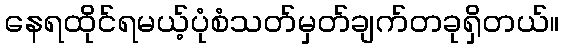
နေရထိုင်ရမယ့်ပုံစံသတ်မှတ်ချက်တခုရှိတယ်။